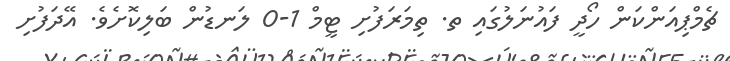
ޗެމްޕިއަންކަން ހޯދީ ފައުނަލުގައި ތ. ތިމަރަފުށި ޓީމް 1-0 ލަނޑުން ބަލިކޮށެވެ. އޭދަފުށި